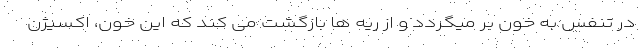
در تنفس به خون بر میگردد و از ریه ها بازگشت می کند که این خون، اکسیژن